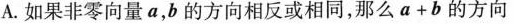
A.如果非零向量a，b的方向相反或相同，那么 $$a + b$$ 的方向